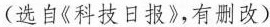
(选自《科技日报》,有删改)